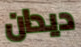
ديدان